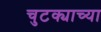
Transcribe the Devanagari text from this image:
चुटक्याच्या